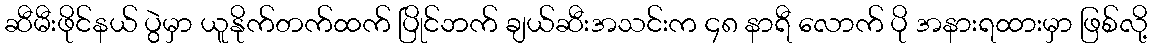
ဆီမီးဖိုင်နယ် ပွဲမှာ ယူနိုက်တက်ထက် ပြိုင်ဘက် ချယ်ဆီးအသင်းက ၄၈ နာရီ လောက် ပို အနားရထားမှာ ဖြစ်လို့